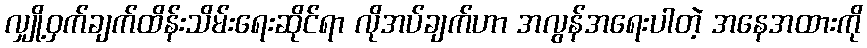
လျှို့ဝှက်ချက်ထိန်းသိမ်းရေးဆိုင်ရာ လိုအပ်ချက်ဟာ အလွန်အရေးပါတဲ့ အနေအထားကို